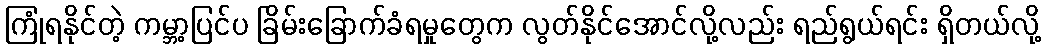
ကြုံရနိုင်တဲ့ ကမ္ဘာ့ပြင်ပ ခြိမ်းခြောက်ခံရမှုတွေက လွတ်နိုင်အောင်လို့လည်း ရည်ရွယ်ရင်း ရှိတယ်လို့